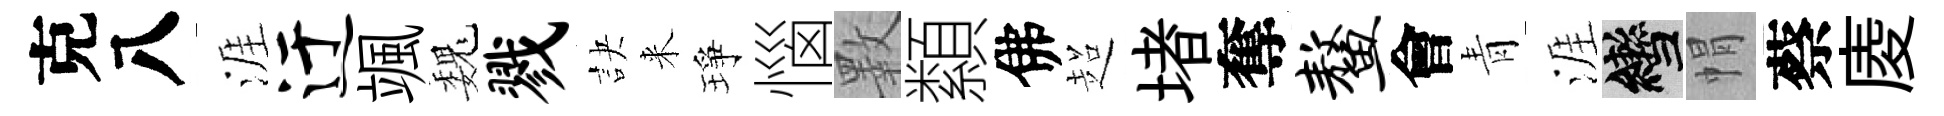
克八涯迂颯巍戮訣来琤惱斁纇佛超堵奪鳌會青涯轡㡌蔡庱